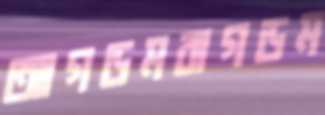
আগড়মবাগড়ম